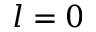
l = 0